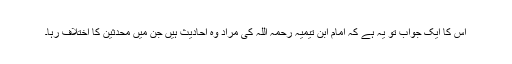
اس کا ایک جواب تو یہ ہے کہ امام ابن تیمیہ رحمہ اللہ کی مراد وہ احادیث ہیں جن میں محدثین کا اختلاف رہا۔